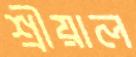
শ্রীয়াল